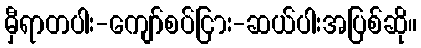
မှီရာတပါး-ကျော်စပ်ငြား-ဆယ်ပါးအပြစ်ဆို။